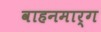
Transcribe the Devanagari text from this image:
वाहनमार्ग